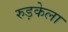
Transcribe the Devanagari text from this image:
रुड़केला